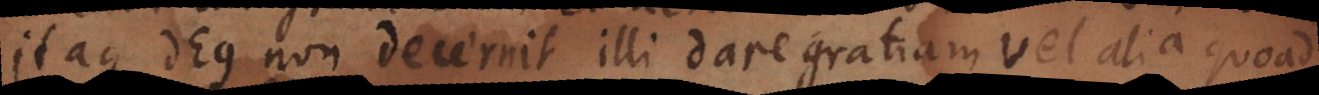
Itaque Deus non decernit illi dare gratiam vel alia quoad